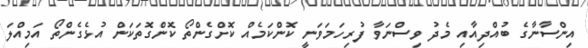
އިންސާނާގެ ބުއްދިއާއި މެދު ވިސްނަވާ ފުރިހަމަވަނީ ކޮންކަމެއް ކޮށްގެންތޯ ކޮންގޮތަކަން އުޅެގެންތޯ އަމިއްލަ